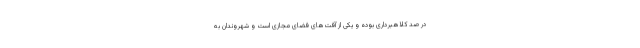
در صد کلاهبرداری بوده و یکی از آفت‌های فضای مجازی است و شهروندان به